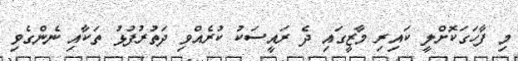
މި ފާހަގަކޮށްލީ ކައިރި މާޒީގައި ދެ ރައީސަކު ކުރެއްވި ދަތުރުފުޅު ތަކާއި ނެންގެވި